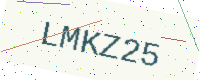
Text: LMKZ25